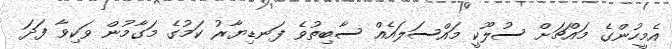
އެމީހުންގެ މައްޗަށް ސުލޫކީ މައްސަލައެއް ސާބިތުވެ ފަނޑިޔާރު ކަމުގެ މަގާމުން ވަކިވާ ފަދަ